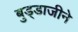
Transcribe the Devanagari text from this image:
बुड्डाजीने